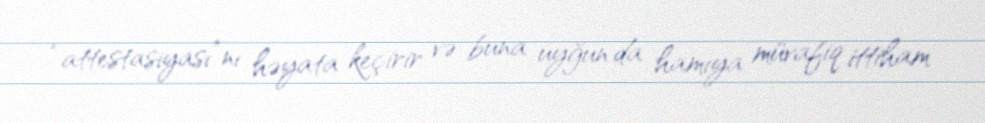
“attestasiyası”nı həyata keçirir və buna uyğun da hamıya müvafiq ittiham